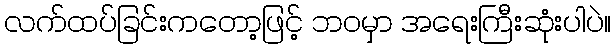
လက်ထပ်ခြင်းကတော့ဖြင့် ဘဝမှာ အရေးကြီးဆုံးပါပဲ။